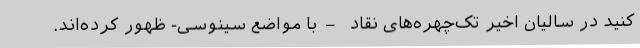
کنید در سالیان اخیر تک‌چهره‌های نقاد –با مواضع سینوسی- ظهور کرده‌اند.